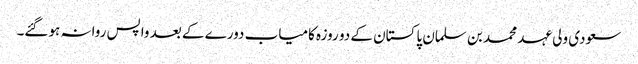
سعودی ولی عہد محمد بن سلمان پاکستان کے دو روزہ کامیاب دورے کے بعد واپس روانہ ہوگئے۔